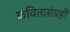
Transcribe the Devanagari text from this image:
कवितासंग्रहों